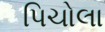
પિચોલા